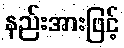
နည်းအားဖြင့်